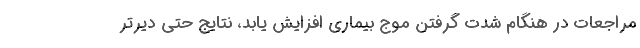
مراجعات در هنگام شدت گرفتن موج بیماری افزایش یابد، نتایج حتی دیرتر